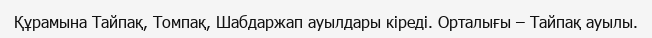
Құрамына Тайпақ, Томпақ, Шабдаржап ауылдары кіреді. Орталығы – Тайпақ ауылы.